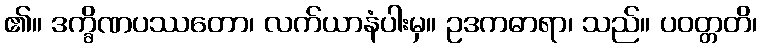
၏။ ဒက္ခိဏပဿတော၊ လက်ယာနံပါးမှ။ ဥဒကဓာရာ၊ သည်။ ပဝတ္တတိ၊